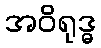
အဝိရုဒ္ဓ